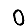
Digit: 0